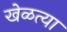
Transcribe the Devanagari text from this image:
खेळत्या